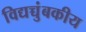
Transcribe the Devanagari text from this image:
विद्यच्चुंबकीय